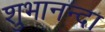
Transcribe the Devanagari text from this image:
शुभानन्दा